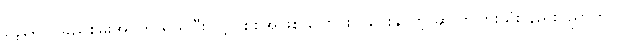
နေရောင်ခြည်စွမ်းအင်ကို ရယူပြီး လျှပ်စစ်အဖြစ် ပြောင်းလဲပေးနိုင်တဲ့ ဆိုလာပြားသုံး နည်းပညာဟာ